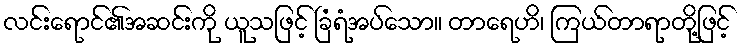
လင်းရောင်၏အဆင်းကို ယူသဖြင့် ခြံရံအပ်သော။ တာရေဟိ၊ ကြယ်တာရာတို့ဖြင့်